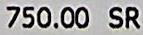
750.00 SR